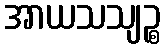
အာယသသျဉ္စ